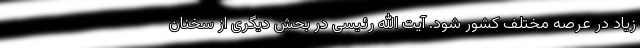
زیاد در عرصه مختلف کشور شود. آیت الله رئیسی در بحش دیگری از سخنان